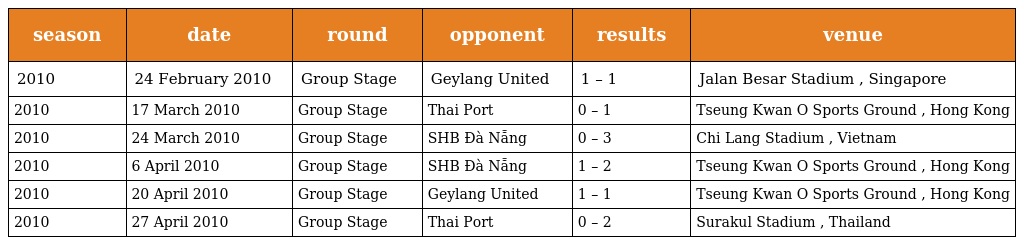
| season | date | round | opponent | results | venue |
 | --- | --- | --- | --- | --- | --- |
 | 2010 | 24 February 2010 | Group Stage | Geylang United | 1 – 1 | Jalan Besar Stadium , Singapore |
 | 2010 | 17 March 2010 | Group Stage | Thai Port | 0 – 1 | Tseung Kwan O Sports Ground , Hong Kong |
 | 2010 | 24 March 2010 | Group Stage | SHB Ðà Nẵng | 0 – 3 | Chi Lang Stadium , Vietnam |
 | 2010 | 6 April 2010 | Group Stage | SHB Ðà Nẵng | 1 – 2 | Tseung Kwan O Sports Ground , Hong Kong |
 | 2010 | 20 April 2010 | Group Stage | Geylang United | 1 – 1 | Tseung Kwan O Sports Ground , Hong Kong |
 | 2010 | 27 April 2010 | Group Stage | Thai Port | 0 – 2 | Surakul Stadium , Thailand |